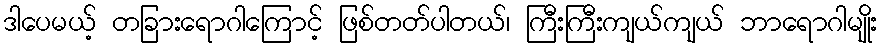
ဒါပေမယ့် တခြားရောဂါကြောင့် ဖြစ်တတ်ပါတယ်၊ ကြီးကြီးကျယ်ကျယ် ဘာရောဂါမျိုး